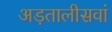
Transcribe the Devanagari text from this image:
अड़तालीसवां